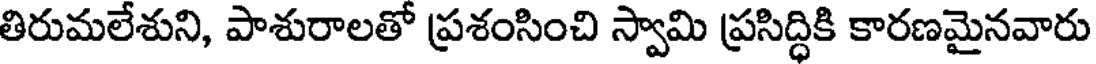
తిరుమలేశుని, పాశురాలతో ప్రశంసించి స్వామి ప్రసిద్ధికి కారణమైనవారు